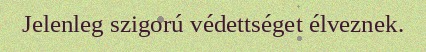
Jelenleg szigorú védettséget élveznek.